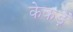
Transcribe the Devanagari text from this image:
केकड़ें